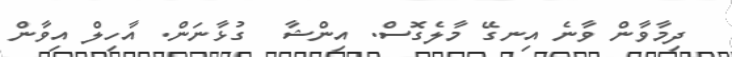
ދިމާވާން ވާނެ އިނގޭ މާލެގޮސް. އިންޝާ  ގުޅާނަން. އާހިލް އިވާން